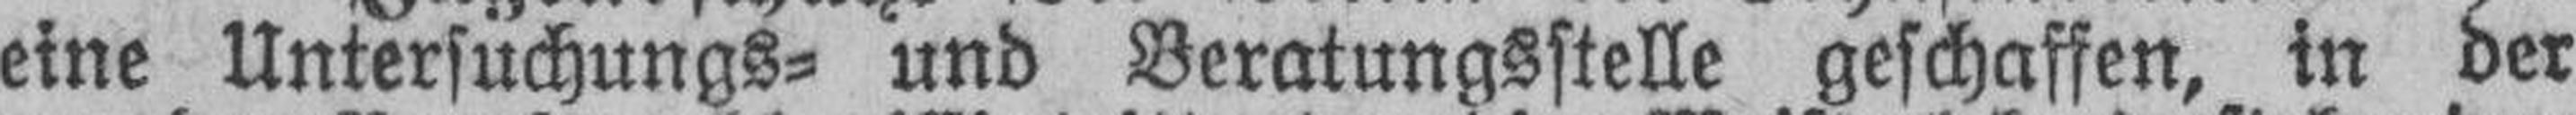
eine Untersuchungs= und Beratungsstelle geschaffen, in der